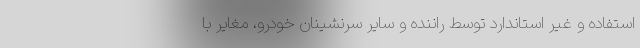
استفاده و غیر استاندارد توسط راننده و سایر سرنشینان خودرو، مغایر با